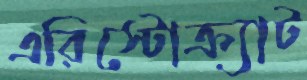
এরিস্টোক্র্যাট